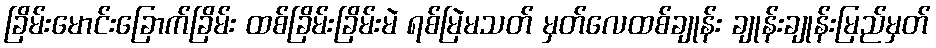
ခြိမ်းမောင်းခြောက်ခြိမ်း ထစ်ခြိမ်းခြိမ်းမဲ ရစ်မြဲမသတ် မှတ်လေထစ်ချုန်း ချုန်းချုန်းမြည်မှတ်